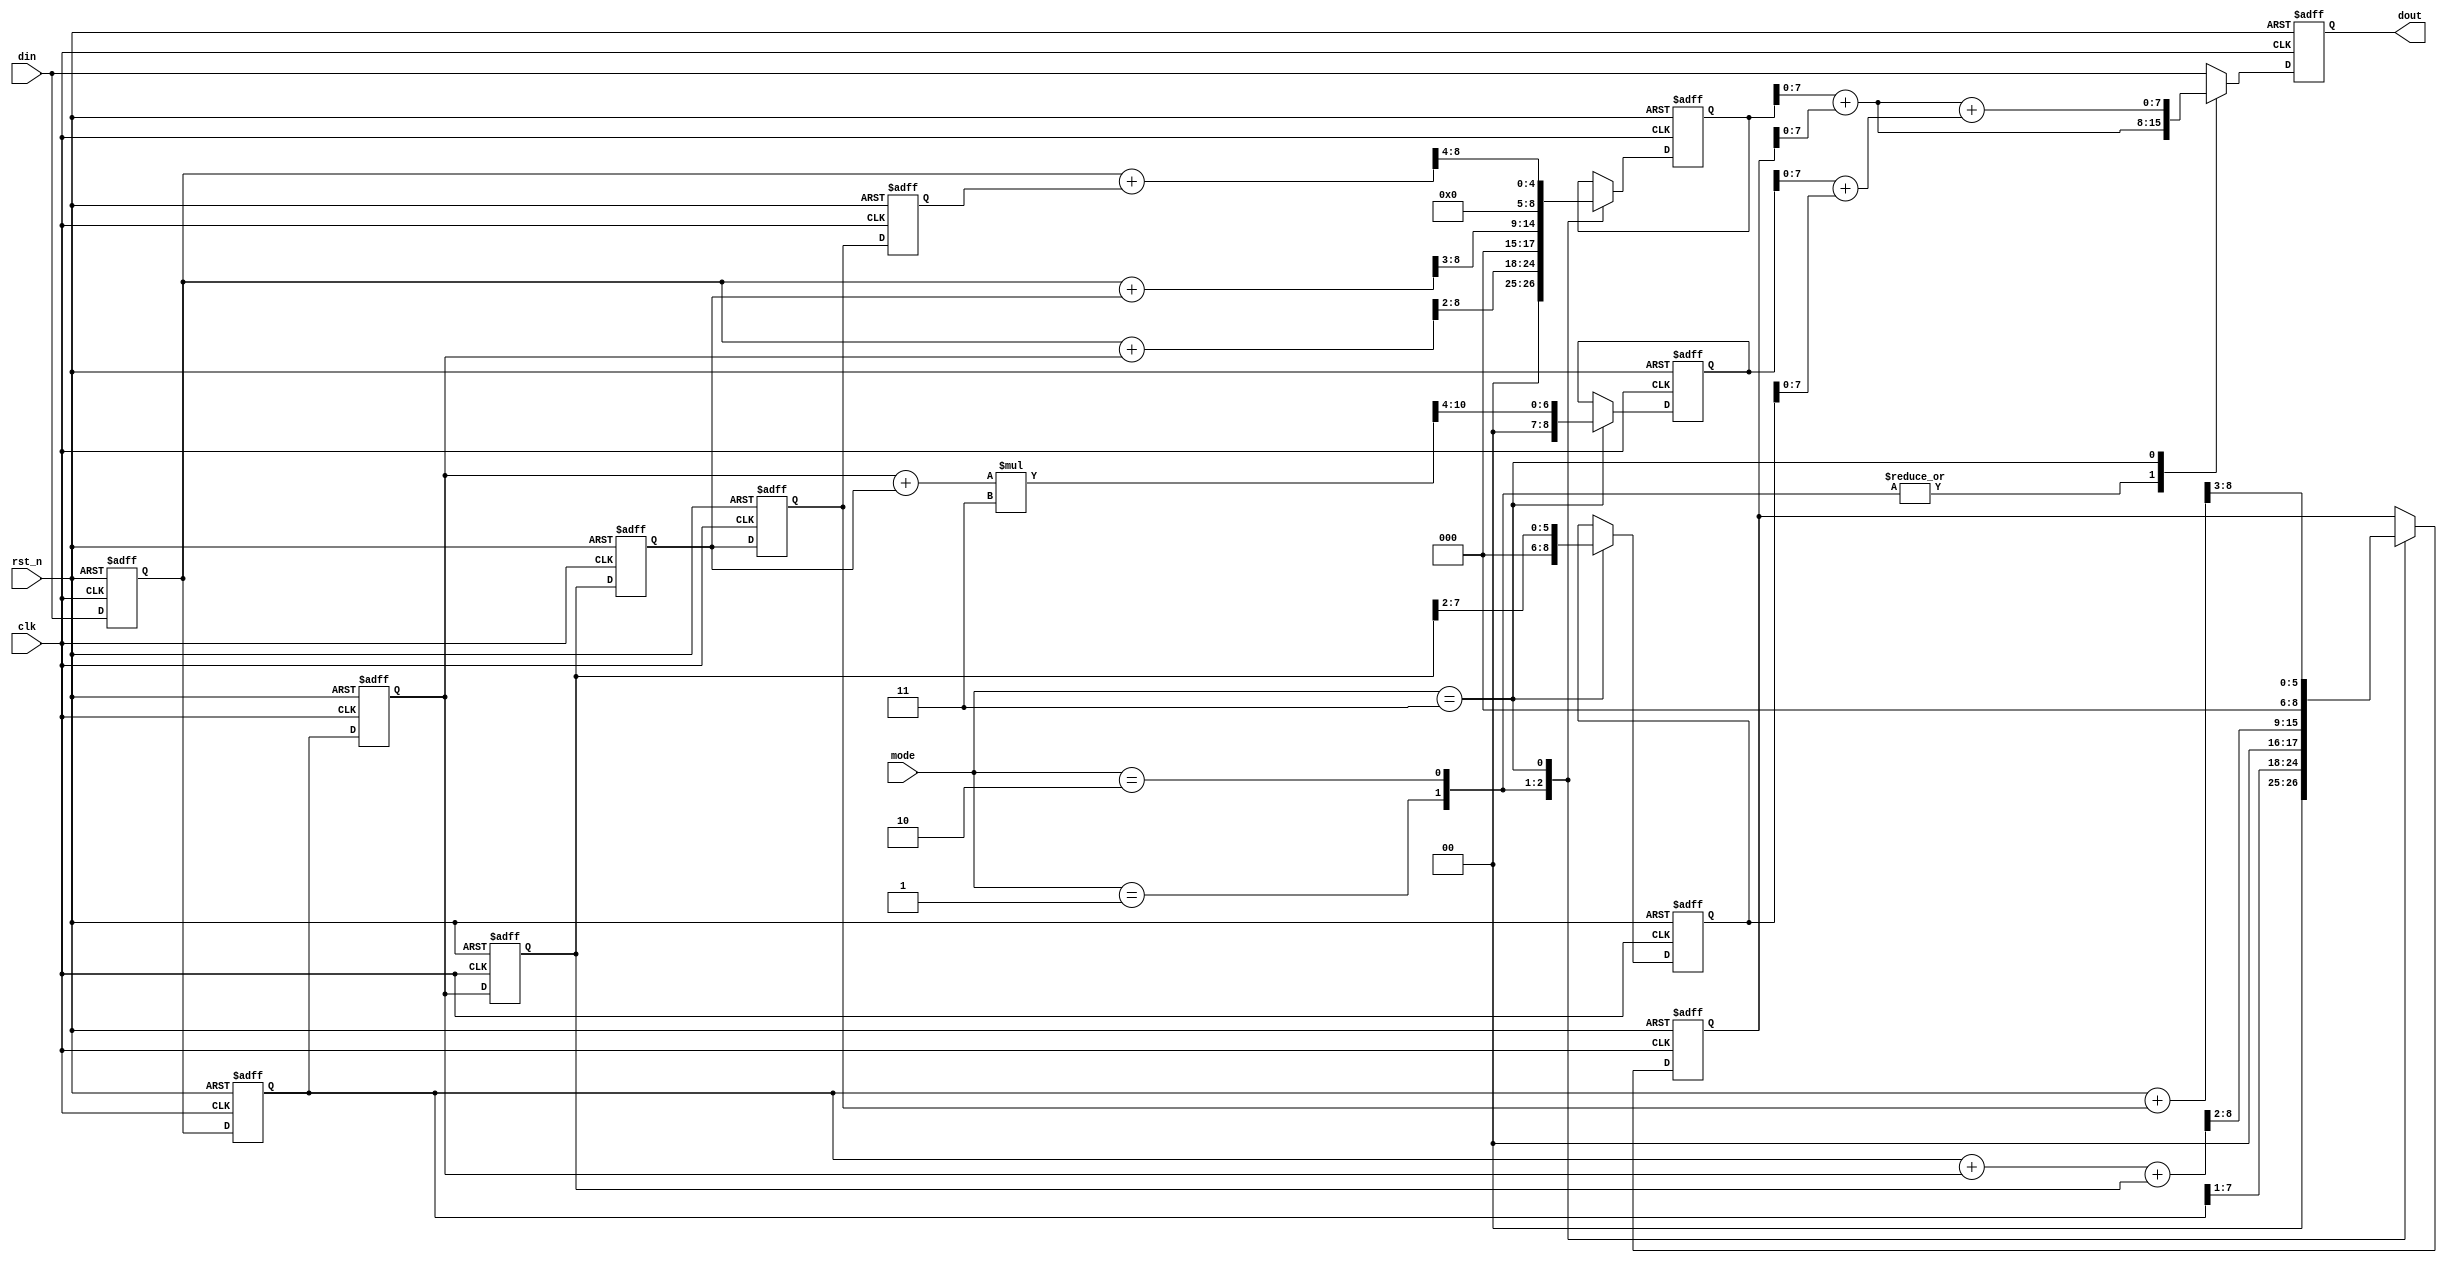
`timescale 1ns / 1ps
//////////////////////////////////////////////////////////////////////////////////
// Company: 
// Engineer: 
// 
// Design Name: 
// Module Name: test40
// Project Name: 
// Target Devices: 
// Tool Versions: 
// Description: 
// 
// Dependencies: 
// 
// Revision:
// Revision 0.01 - File Created
// Additional Comments:
// 
//////////////////////////////////////////////////////////////////////////////////


module test40(
    input               clk     , 
    input               rst_n   , 
    input       [1:0]   mode    , 
    input       [7:0]   din     , 
    output      [7:0]   dout    
    );

reg [7:0] tap [6:0];
reg [8:0] product [3:0];
reg [7:0] dout_r;

integer i;
always @(posedge clk or negedge rst_n) begin
    if (!rst_n) begin
        for (i = 0; i <= 6; i = i + 1) begin
            tap[i] <= 8'd0;
        end
    end else begin
        for (i = 6; i > 0; i = i - 1) begin
            tap[i] <= tap[i-1];
        end
        tap[0] <= din;
    end
end

always @(posedge clk or negedge rst_n) begin
    if (!rst_n) begin
        for (i = 0; i <= 3; i = i + 1) begin
            product[i] <= 8'd0;
        end
    end else begin
        case (mode)
            2'd1: begin
                product[0] = (tap[0] + tap[2]) >> 2;
                // product[0] = (tap[0] >> 2) + (tap[2]>> 2) ;
                product[1] = tap[1] >> 1;
            end
            2'd2: begin
                product[0] = (tap[0] + tap[4]) >> 3;
                product[1] = (tap[1] + tap[2] + tap[3]) >> 2;
            end
            2'd3: begin
                product[0] = (tap[0] + tap[6]) >> 4;
                product[1] = (tap[1] + tap[5]) >> 3;
                product[2] = ((tap[2] + tap[4]) * 3) >> 4;
                product[3] = tap[3] >> 2;
            end
            default: ;
        endcase
    end
end

always @(posedge clk or negedge rst_n) begin
    if (!rst_n) begin
        dout_r <= 8'd0;
    end else begin
        case (mode)
            2'd1: dout_r <= product[0] + product[1];
            2'd2: dout_r <= product[0] + product[1];
            2'd3: dout_r <= (product[0] + product[1]) + (product[2] + product[3]);
            default: dout_r <= din;
        endcase
    end
end

assign dout = dout_r;
endmodule